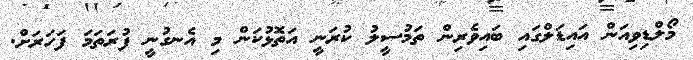
މޯލްޑިވިއަން އައިޑަލްގައި ބައިވެރިން ތަމުސީލު ކުރަނީ އަތޮޅުކަން މި އެނގުނީ ފުރަތަމަ ފަހަރަށް.